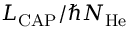
L _ { \mathrm { C A P } } / \hbar N _ { \mathrm { H e } }